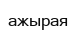
ажырая